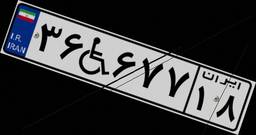
۶۷W۴۵۴۷۸